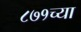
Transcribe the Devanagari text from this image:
८७१च्या